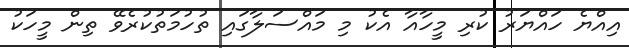
އިއްޔެ ހައްޔަރު ކުރި މީހާއާ އެކު މި މައްސަލާގައި ތުހުމަތުކުރެވޭ ތިން މީހަކު